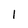
Character: I